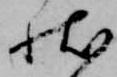
状